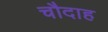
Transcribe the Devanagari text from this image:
चौदाह